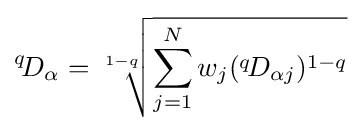
{}^{q}\!D_{\alpha }={\sqrt[{1-q}]{\sum _{j=1}^{N}w_{j}({}^{q}\!D_{\alpha j})^{1-q}}}